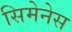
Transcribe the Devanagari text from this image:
सिमेनेस